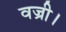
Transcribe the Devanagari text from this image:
वज्री।